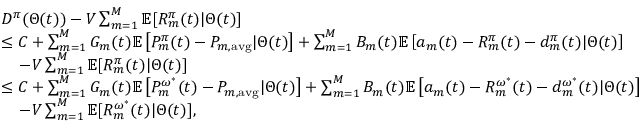
\begin{array} { r l } & { D ^ { \pi } ( \Theta ( t ) ) - V \sum _ { m = 1 } ^ { M } \mathbb { E } [ R _ { m } ^ { \pi } ( t ) | \Theta ( t ) ] } \\ & { \leq C + \sum _ { m = 1 } ^ { M } G _ { m } ( t ) \mathbb { E } \left[ P _ { m } ^ { \pi } ( t ) - P _ { m , \mathrm { a v g } } | \Theta ( t ) \right] + \sum _ { m = 1 } ^ { M } B _ { m } ( t ) \mathbb { E } \left[ a _ { m } ( t ) - R _ { m } ^ { \pi } ( t ) - d _ { m } ^ { \pi } ( t ) | \Theta ( t ) \right] } \\ & { \; \; \; \; - V \sum _ { m = 1 } ^ { M } \mathbb { E } [ R _ { m } ^ { \pi } ( t ) | \Theta ( t ) ] } \\ & { \leq C + \sum _ { m = 1 } ^ { M } G _ { m } ( t ) \mathbb { E } \left[ P _ { m } ^ { \omega ^ { * } } ( t ) - P _ { m , \mathrm { a v g } } | \Theta ( t ) \right] + \sum _ { m = 1 } ^ { M } B _ { m } ( t ) \mathbb { E } \left[ a _ { m } ( t ) - R _ { m } ^ { \omega ^ { * } } ( t ) - d _ { m } ^ { \omega ^ { * } } ( t ) | \Theta ( t ) \right] } \\ & { \; \; \; \; - V \sum _ { m = 1 } ^ { M } \mathbb { E } [ R _ { m } ^ { \omega ^ { * } } ( t ) | \Theta ( t ) ] , } \end{array}